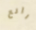
رائع